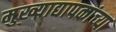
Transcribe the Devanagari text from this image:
मुख्‍याद्यापकांच्‍या